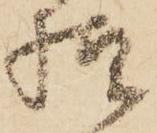
様